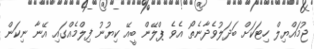
ޖުމައްޔިލް ހިޓަކަށް ބަދަލުވެދާނެތޯ އެވެ ޕްލޭން ބީއޭ ކިޔުނު ފިލްމެއްގައި އޭނާ ނިކަން